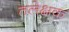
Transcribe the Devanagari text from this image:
तलेक्षक